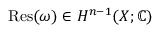
\operatorname { R e s } ( \omega ) \in H ^ { n - 1 } ( X ; \mathbb { C } )